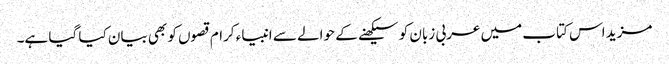
مزید اس کتاب میں عربی زبان کو سیکھنے کے حوالے سے انبیاء کرام قصوں کو بھی بیان کیا گیا ہے۔